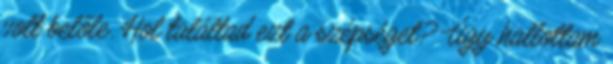
volt belőle. Hol találtad ezt a szépséget? Úgy hallottam